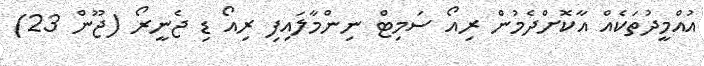
އުއްމީދުތަކެއް އާކޮށްދެމުން ރިއޯ ސަމިޓް ނިންމާލައިފި ރިއޯ ޑި ޖެނީރޯ (ޖޫން 23)